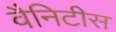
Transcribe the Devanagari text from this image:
वैनिटीस